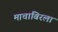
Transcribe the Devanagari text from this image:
माचाबिरला